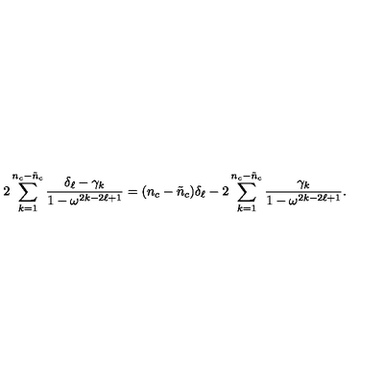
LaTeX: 2 \sum _ { k = 1 } ^ { n _ { c } - \tilde { n } _ { c } } \frac { \delta _ { \ell } - \gamma _ { k } } { 1 - \omega ^ { 2 k - 2 \ell + 1 } } = ( n _ { c } - \tilde { n } _ { c } ) \delta _ { \ell } - 2 \sum _ { k = 1 } ^ { n _ { c } - \tilde { n } _ { c } } \frac { \gamma _ { k } } { 1 - \omega ^ { 2 k - 2 \ell + 1 } } .